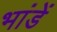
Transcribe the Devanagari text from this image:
भांडें